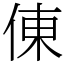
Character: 倲